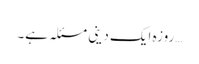
…روزہ ایک دینی مسئلہ ہے۔